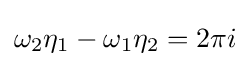
\omega _{2}\eta _{1}-\omega _{1}\eta _{2}=2\pi i